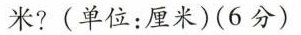
米？（单位：厘米）（6分）